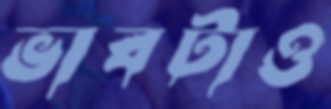
ভাবটাও